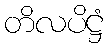
တိလပိဋ္ဌံ